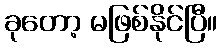
ခုတော့ မဖြစ်နိုင်ပြီ။